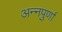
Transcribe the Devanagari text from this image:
अन्‍नपुर्णा